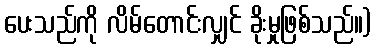
ပေးသည်ကို လိမ်တောင်းလျှင် ခိုးမှုဖြစ်သည်။)